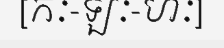
[កៈ-ឡៈ-ហៈ]